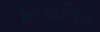
નિકાચિત